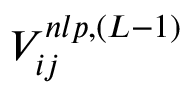
V _ { i j } ^ { n l p , ( L - 1 ) }